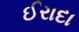
ઈરાદા